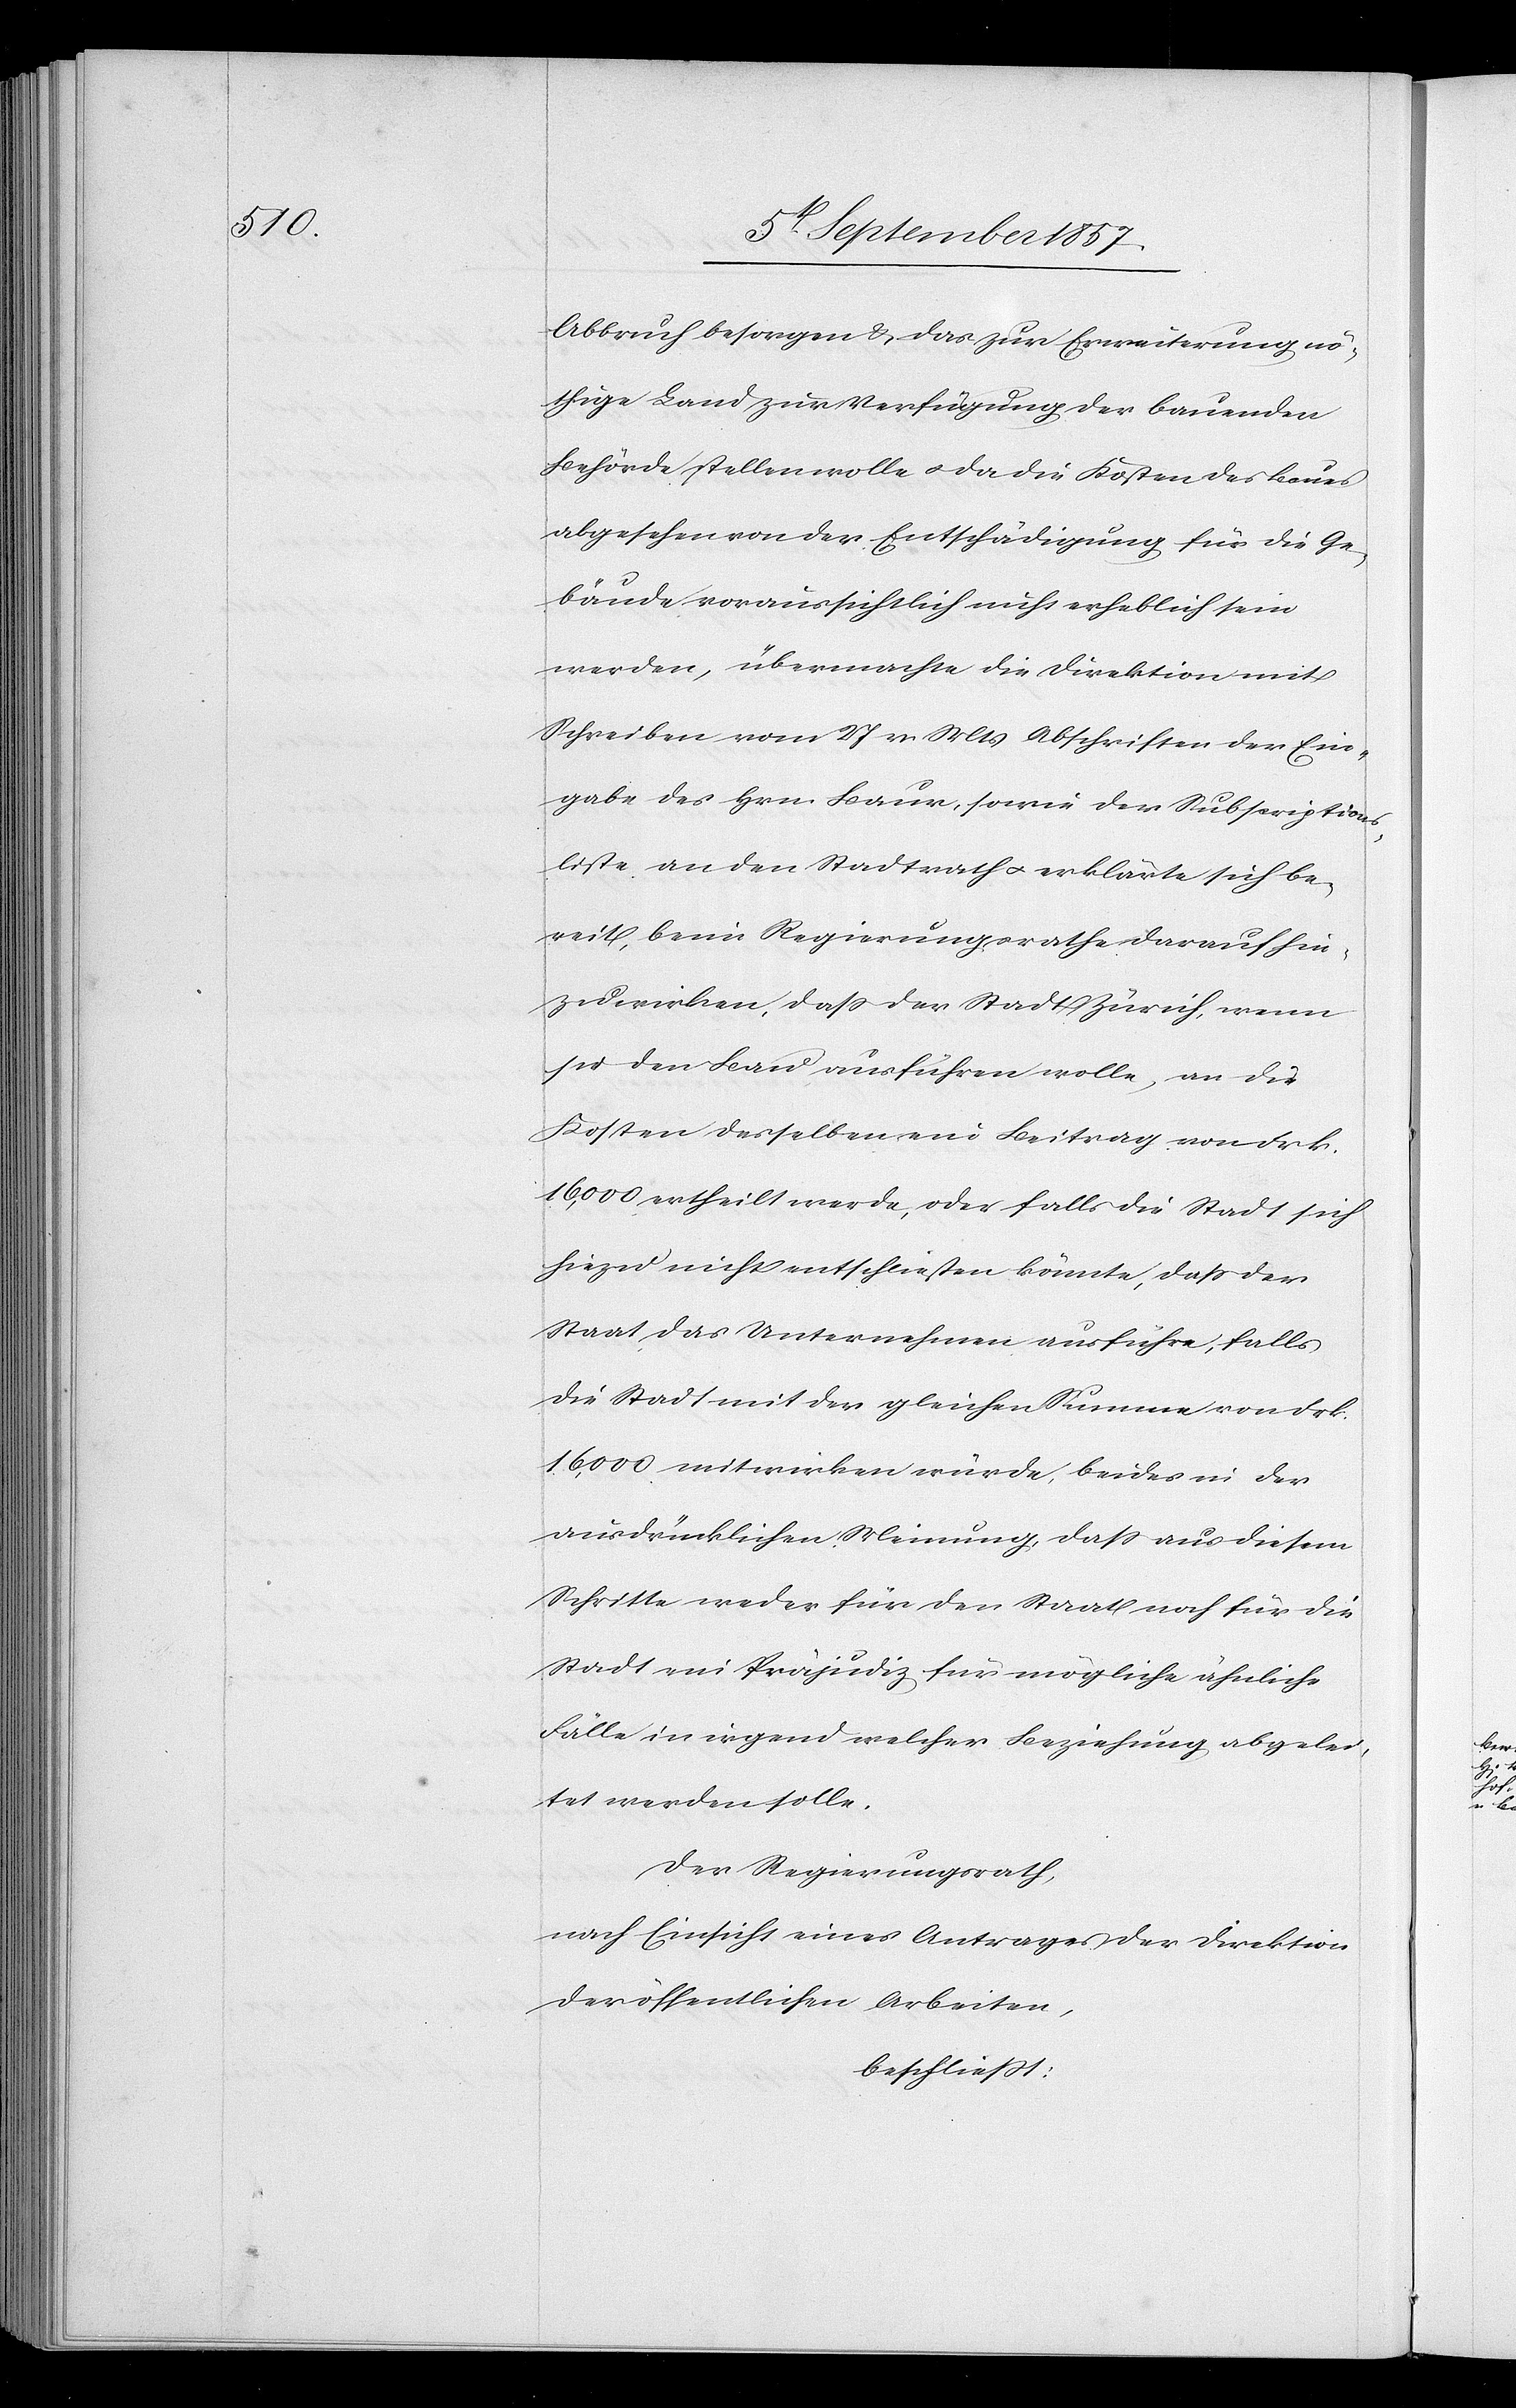
Abbruch besorgen & das zur Erweiterung nö¬
thige Land zur Verfügung der bauenden
Behörde stellen wolle & da die Kosten des Baues
abgesehen von der Entschädigung für die Ge¬
bäude voraussichtlich nicht erheblich sein
werden, übermache die Direktion mit
Schreiben vom 27 v. Mts. Abschriften der Ein¬
gabe des Hrn. Baur, sowie der Subscriptions¬
liste, an den Stadtrath & erklärte sich be¬
reit, beim Regierungsrathe darauf hin¬
zuwirken, daß der Stadt Zürich, wenn
sie den Bau ausführen wolle, an die
Kosten desselben ein Beitrag von Frk.
16,000 ertheilt werde, oder falls die Stadt sich
hiezu nicht entschliessen könnte, daß der
Staat das Unternehmen ausführe, falls
die Stadt mit der gleichen Summe von Frk.
16,000 mitwirken würde, beides in der
ausdrücklichen Meinung, daß aus diesem
Schritte weder für den Staat noch für die
Stadt ein Präjudiz für mögliche ähnliche
Fälle in irgend welcher Beziehung abgelei¬
tet werden solle.
Der Regierungsrath,
nach Einsicht eines Antrages der Direktion
der öffentlichen Arbeiten,
beschließt: